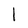
Character: l